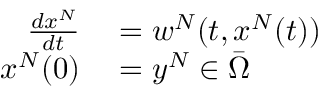
\begin{array} { r l } { \frac { d x ^ { N } } { d t } } & { { } = w ^ { N } ( t , x ^ { N } ( t ) ) } \\ { x ^ { N } ( 0 ) } & { { } = y ^ { N } \in \Bar { \Omega } } \end{array}